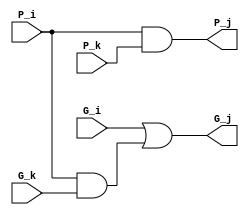
module black(input G_i, P_i, G_k, P_k,
             output G_j, P_j);

        and (P_j, P_i, P_k);

        wire tr;

        and (tr, P_i, G_k);
        or (G_j, G_i, tr);
        
endmodule